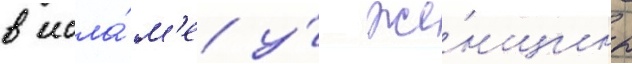
в исла́м'е у́ же́нщины